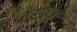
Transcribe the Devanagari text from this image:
मतदारांपुढे